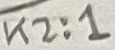
Text: K2:1